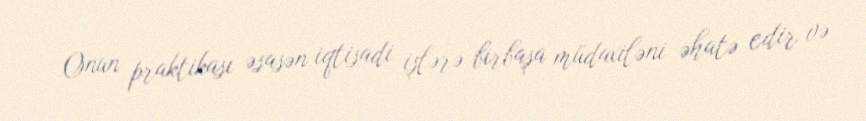
Onun praktikası əsasən iqtisadi işlərə birbaşa müdaxiləni əhatə edir və